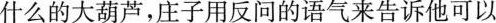
什么的大葫芦，庄子用反问的语气来告诉他可以